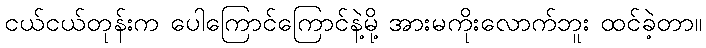
ငယ်ငယ်တုန်းက ပေါကြောင်ကြောင်နဲ့မို့ အားမကိုးလောက်ဘူး ထင်ခဲ့တာ။